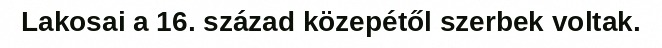
Lakosai a 16. század közepétől szerbek voltak.